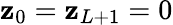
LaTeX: \mathbf{z}_{0}=\mathbf{z}_{L+1}=0